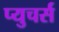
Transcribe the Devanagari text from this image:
प्युचर्स